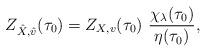
LaTeX: \begin{align*}Z_{\hat X,\hat v}(\tau_0)=Z_{X,v}(\tau_0)\,\,\frac{\chi_{\lambda}(\tau_0)}{\eta(\tau_0)},\end{align*}